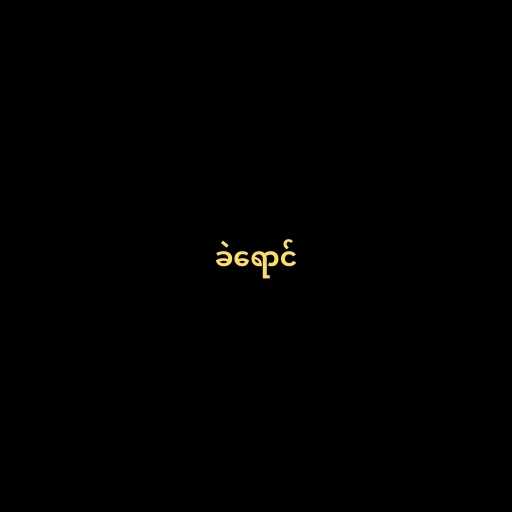
ခဲရောင်